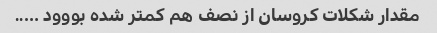
مقدار شکلات کروسان از نصف هم کمتر شده بووود …..